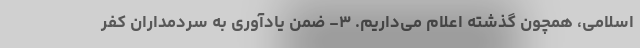
اسلامی، همچون گذشته اعلام می‌داریم. ۳- ضمن یادآوری به سردمداران کفر